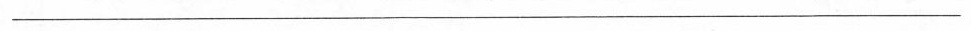
___